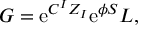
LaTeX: G = \mathrm { e } ^ { C ^ { I } Z _ { I } } \mathrm { e } ^ { \phi S } { L } ,